Sketch of the medical history of the native army of Bombay, for the year
Year: 1875
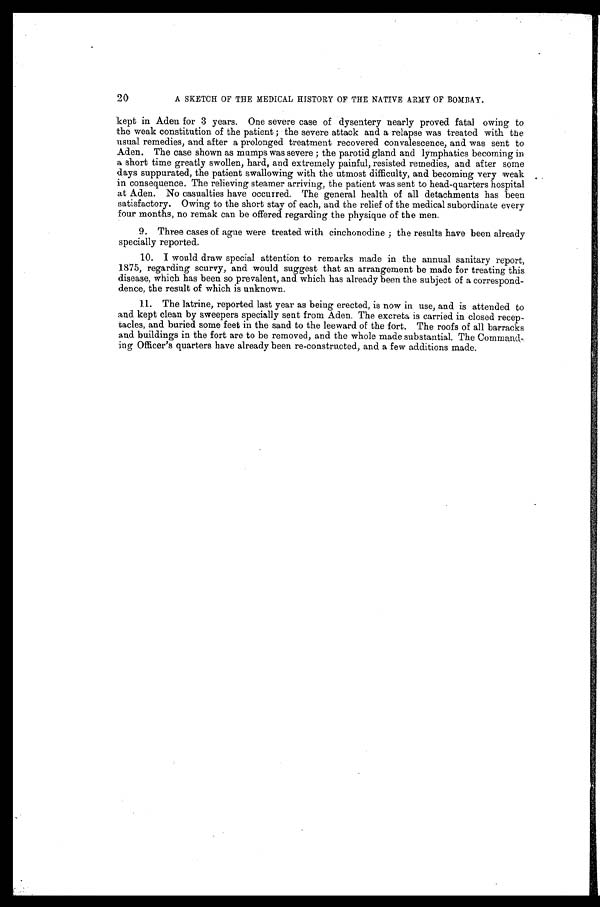
20
A SKETCH OF THE MEDICAL HISTORY OF THE NATIVE ARMY OF BOMBAY.
kept in Aden for 3 years. One severe case of dysentery nearly proved fatal owing to
the weak constitution of the patient; the severe attack and a relapse was treated with the
usual remedies, and after a prolonged treatment recovered convalescence, and was sent to
Aden. The case shown as mumps was severe; the parotid gland and lymphatics becoming in
a short time greatly swollen, hard, and extremely painful, resisted remedies, and after some
days suppurated, the patient swallowing with the utmost difficulty, and becoming very weak
in consequence. The relieving steamer arriving, the patient was sent to head-quarters hospital
at Aden. No casualties have occurred. The general health of all detachments has been
satisfactory. Owing to the short stay of each, and the relief of the medical subordinate every
four months, no remak can be offered regarding the physique of the men.
9. Three cases of ague were treated with cinchonodine; the results have been already
specially reported.
10. I would draw special attention to remarks made in the annual sanitary report,
1875, regarding scurvy, and would suggest that an arrangement be made for treating this
disease, which has been so prevalent, and which has already been the subject of a correspond
- d e n c e , t h e r e s u l t o f w h i c h i s u n k n o w n .
11. The latrine, reported last year as being erected, is now in use, and is attended to
and kept clean by sweepers specially sent from Aden. The excreta is carried in closed recep--
tacles, and buried some feet in the sand to the leeward of the fort. The roofs of all barracks
and buildings in the fort are to be removed, and the whole made substantial. The Command-
- i n g O f f i c e r ' s q u a r t e r s h a v e a l r e a d y b e e n r e - c o n s t r u c t e d , a n d a f e w a d d i t i o n s m a d e